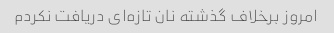
امروز برخلاف گذشته نان تازه‌ای دریافت نکردم